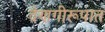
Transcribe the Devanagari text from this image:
देणगीरूपात